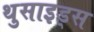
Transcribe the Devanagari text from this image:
थुसाइड्स